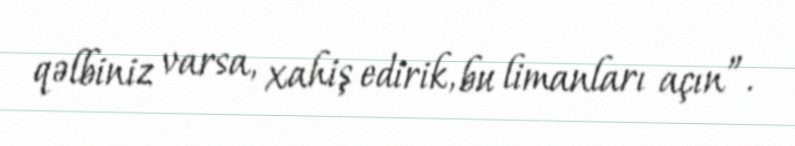
qəlbiniz varsa, xahiş edirik, bu limanları açın”.